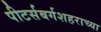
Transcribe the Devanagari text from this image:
पीटर्सबर्गशहराच्या